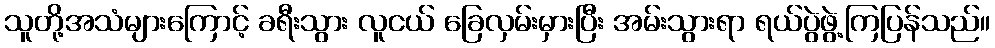
သူတို့အသံများကြောင့် ခရီးသွား လူငယ် ခြေလှမ်းမှားပြီး အမ်းသွားရာ ရယ်ပွဲဖွဲ့ကြပြန်သည်။